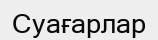
Суағарлар